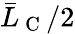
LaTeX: \bar{L}_{\mathrm{~C~}}/2